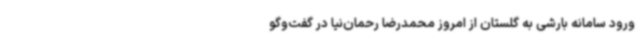
ورود سامانه بارشی به گلستان از امروز محمدرضا رحمان‌نیا در گفت‌وگو